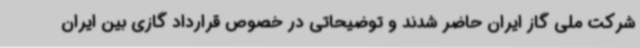
شرکت ملی گاز ایران حاضر شدند و توضیحاتی در خصوص قرارداد گازی بین ایران